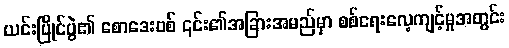
ယင်းပြိုင်ပွဲ၏ စောဒေးဗစ် ၎င်း၏အခြားအမည်မှာ စစ်ရေးလေ့ကျင့်မှုအတွင်း